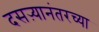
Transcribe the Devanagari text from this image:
दसऱ्यानंतरच्या